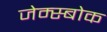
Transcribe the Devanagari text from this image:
जेम्स्बोक